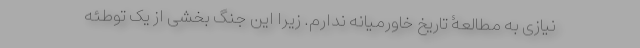
نیازی به مطالعۀ تاریخ خاورمیانه ندارم. زیرا این جنگ بخشی از یک توطئه